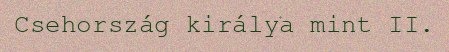
Csehország királya mint II.